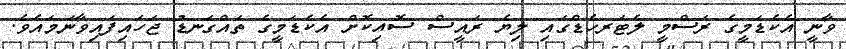
ވާނީ އެކެޑަމީގެ ރަސްމީ ލެޓަރހެޑްގައި ލިޔެ ރައީސް ސޮއިކޮށް އެކެޑަމީގެ ތައްގަނޑު ޖަހައިފައިވާނަމައެވެ.